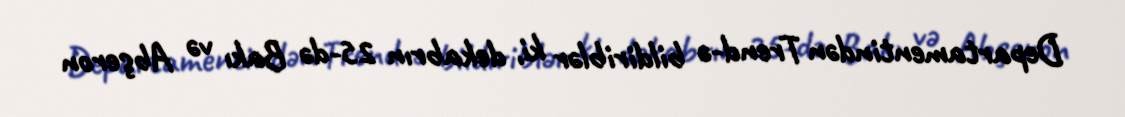
Departamentindən Trend-ə bildiriblər ki, dekabrın 25-də Bakı və Abşeron